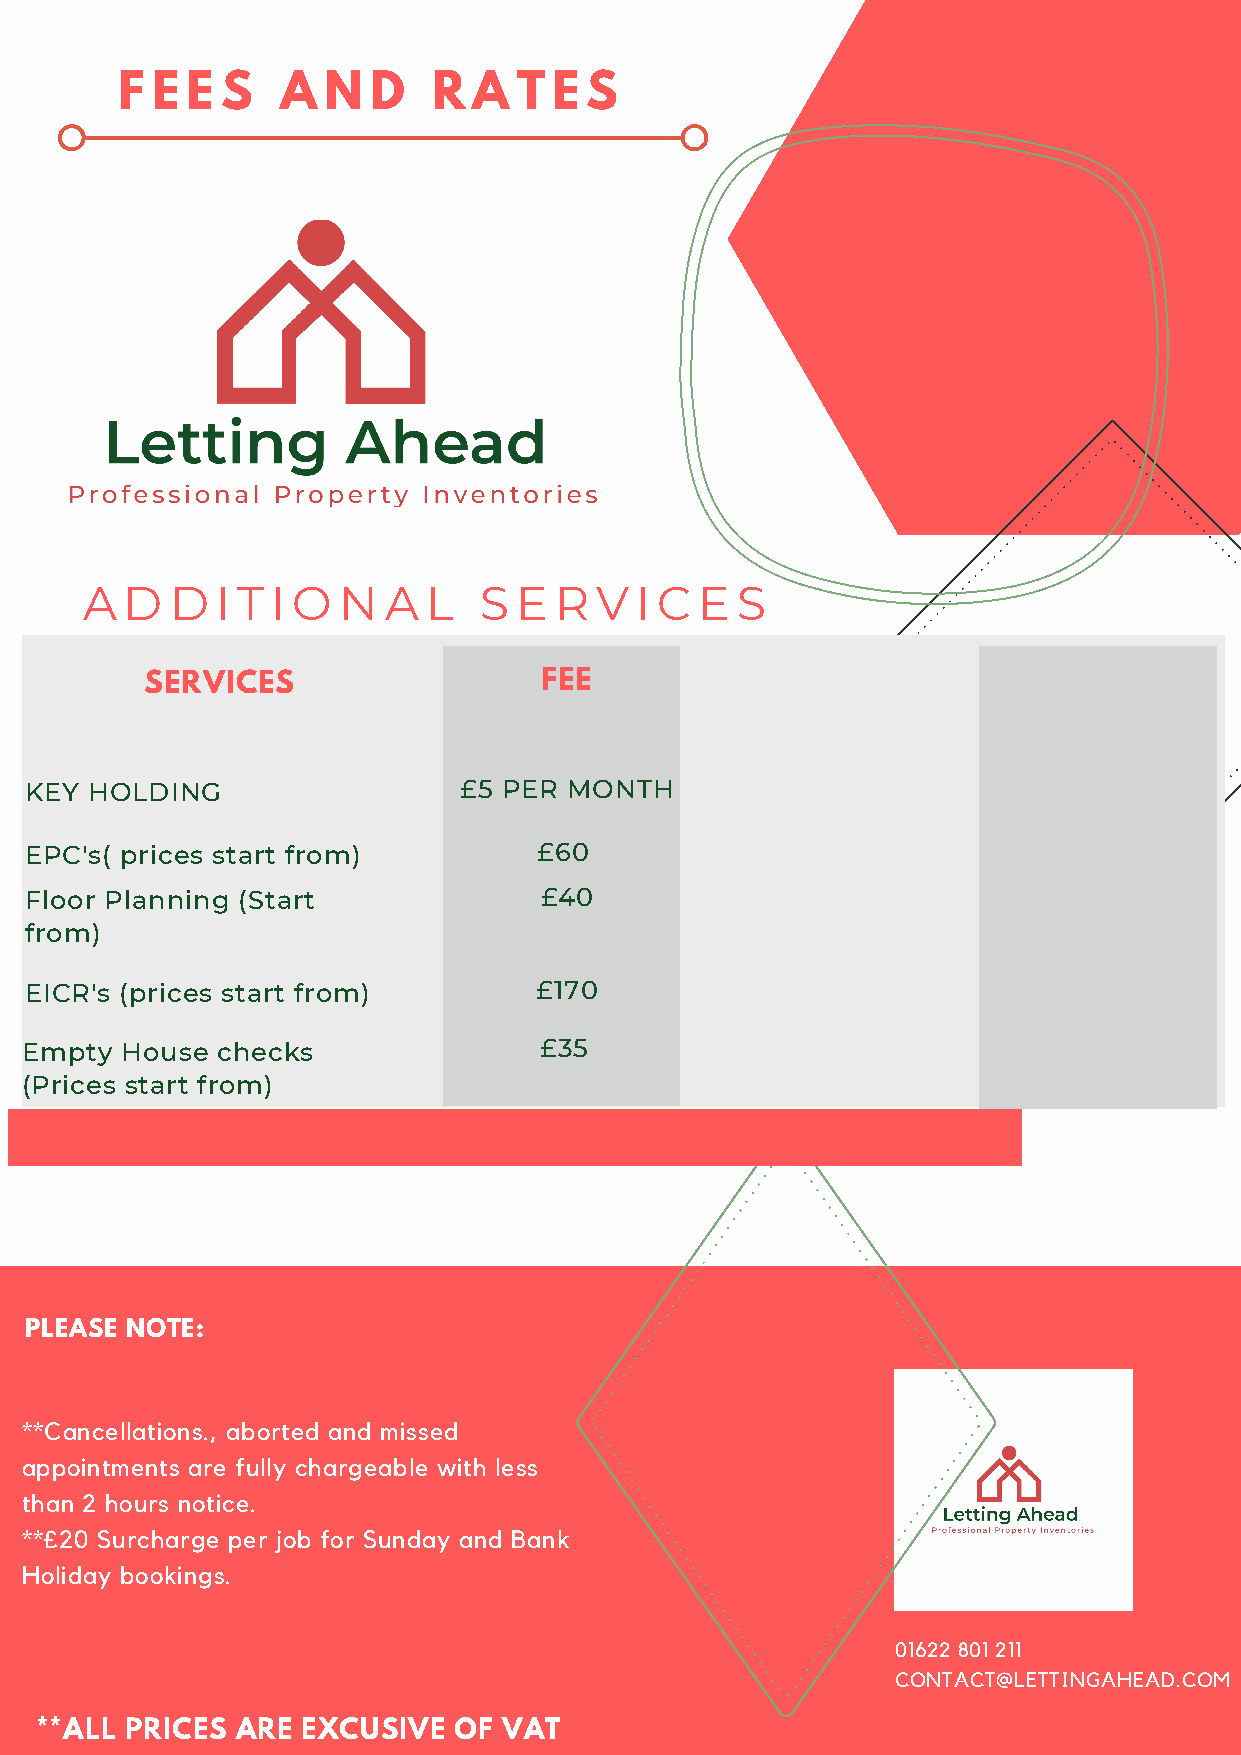
F E E  S   A N  D    R A  T  E S
 A  D  D  I T I O N  A  L   S E  R V  I C E  S
 SERVICES                  FEE
 KEY HOLDING                 £5 PER  MONTH
 EPC's( prices start from)         £60
 Floor Planning (Start             £40
 from)
 EICR's (prices start from)       £170
 Empty  House checks                £35
 (Prices start from)                                   Total     $ 1390.00
 PPLLEEAASSEE NNOOTTEE::
 **Cancellations., aborted and missed
 appointments are fully chargeable with less
 than 2 hours notice.
 **£20 Surcharge per job for Sunday and Bank
 Holiday bookings.
 01622 801 211
 CONTACT@LETTINGAHEAD.COM
 **ALL PRICES  ARE EXCUSIVE  OF VAT